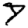
Digit: 7